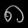
Digit: ၈